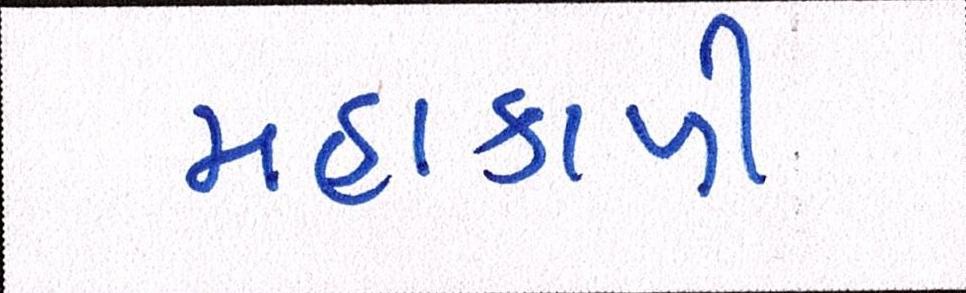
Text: મહાકાળી